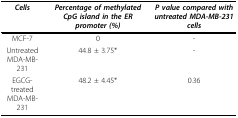
| Cells | Percentage of methylated CpG island in the ER promoter (%) | P value compared with untreated MDA-MB-231 cells |
 | --- | --- | --- |
 | MCF-7 | 0 | - |
 | Untreated MDA-MB-231 | 44.8 ± 3.75* | - |
 | EGCG-treated MDA-MB-231 | 48.2 ± 4.45* | 0.36 |